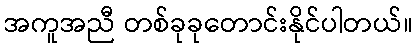
အကူအညီ တစ်ခုခုတောင်းနိုင်ပါတယ်။